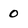
Character: 0